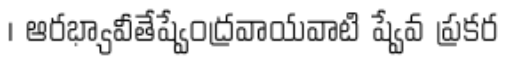
। ఆరభ్యావీతేష్వేంద్రవాయవాటి ష్వేవ ప్రకర